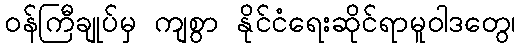
ဝန်ကြီချုပ်မှ ကျစွာ နိုင်ငံရေးဆိုင်ရာမူဝါဒတွေ၊